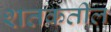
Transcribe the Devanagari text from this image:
शतकतील